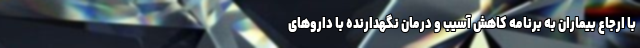
با ارجاع بیماران به برنامه کاهش آسیب و درمان نگهدارنده با داروهای